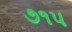
૭૧૫